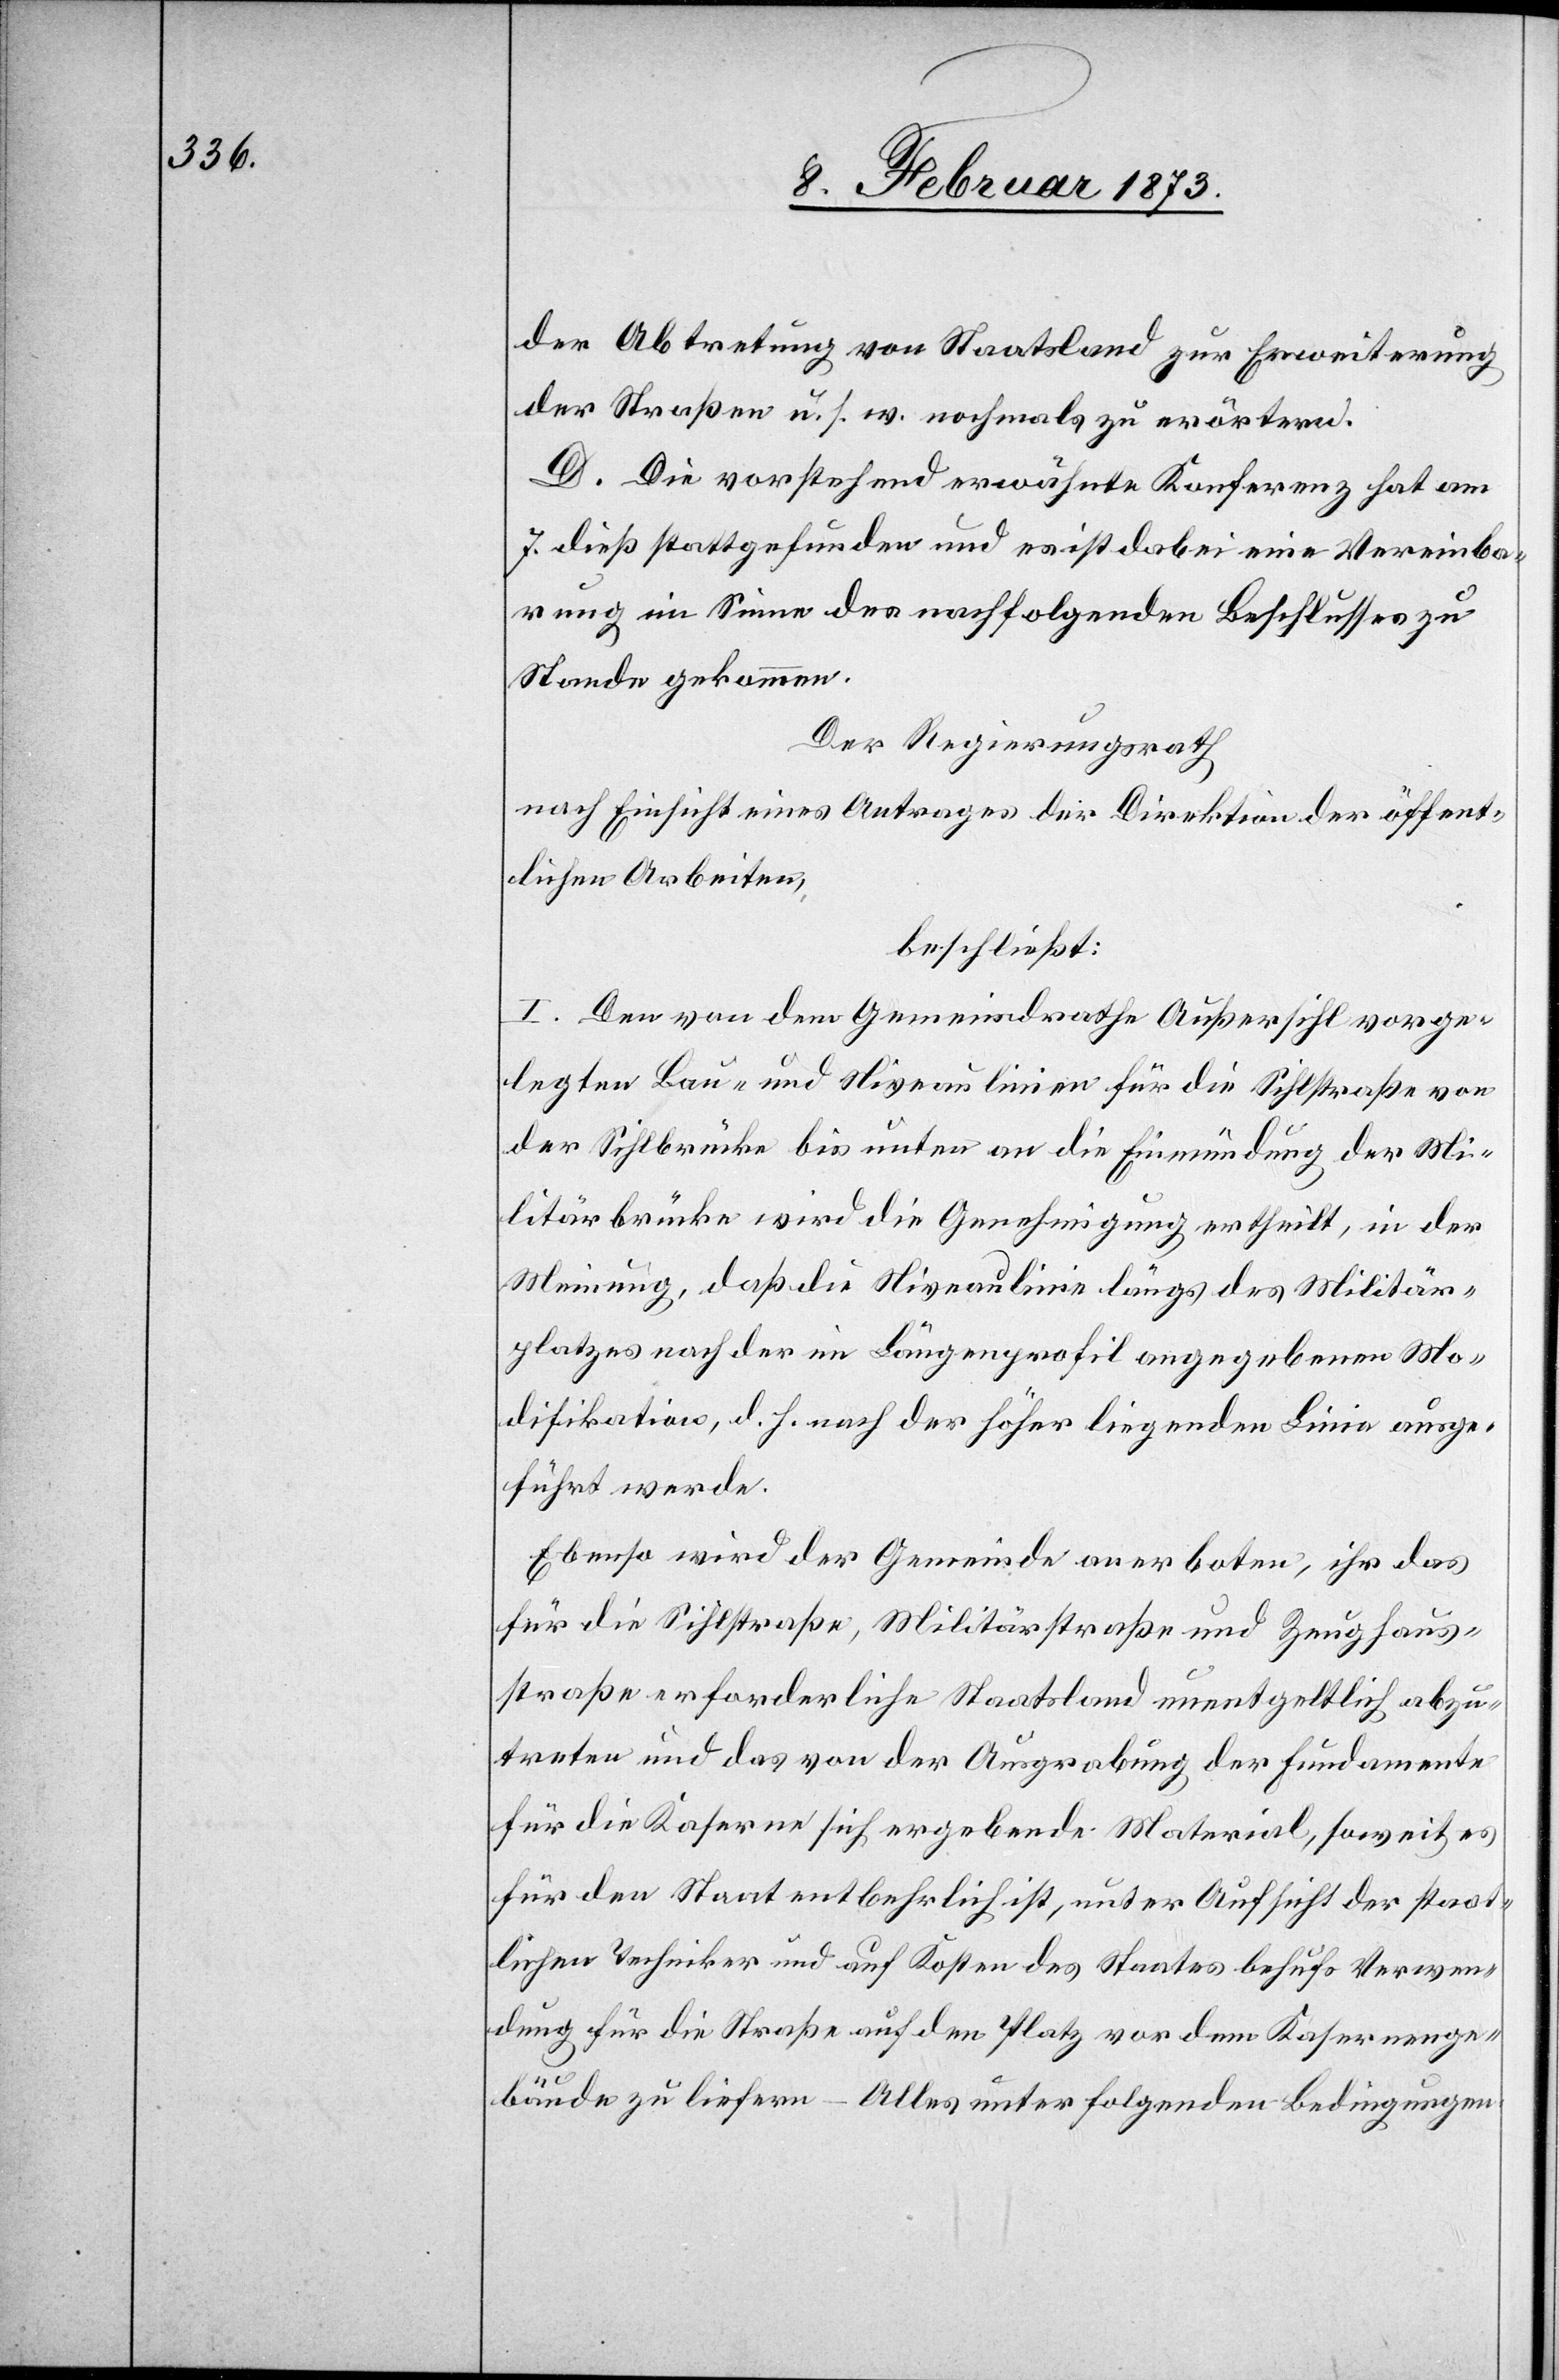
der Abtretung von Staatsland zur Erweiterung
der Straßen u. s. w. nochmals zu erörtern.
D. Die vorstehend erwähnte Konferenz hat am
7. dieß stattgefunden und es ist dabei eine Vereinba¬
rung im Sinne des nachfolgenden Beschlusses zu
Stand gekommen.
Der Regierungsrath,
nach Einsicht eines Antrages der Direktion der öffent¬
lichen Arbeiten,
beschließt:
I. Den von dem Gemeindrathe Außersihl vorge¬
legten Bau- und Niveaulinien für die Sihlstraße von
der Sihlbrücke bis unten an die Einmündung der Mi¬
litärbrücke wird die Genehmigung ertheilt, in der
Meinung, daß die Niveaulinie längs des Militär¬
platzes nach der im Längenprofil angegebenen Mo¬
difikation, d. h. nach der höher liegenden Linie ausge¬
führt werde.
Ebenso wird der Gemeinde anerboten, ihr das
für die Sihlstraße, Militärstraße und Zeughaus¬
straße erforderliche Staatsland unentgeltlich abzu¬
treten und das von der Ausgrabung der Fundamente
für die Kaserne sich ergebende Material, soweit es
für den Staat entbehrlich ist, unter Aufsicht der staat¬
lichen Techniker und auf Kosten des Staates behufs Verwen¬
dung für die Straße auf den Platz vor dem Kasernenge¬
lände zu liefern – Alles unter folgenden Bedingungen: